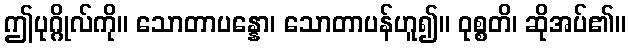
ဤပုဂ္ဂိုလ်ကို။ သောတာပန္နော၊ သောတာပန်ဟူ၍။ ဝုစ္စတိ၊ ဆိုအပ်၏။